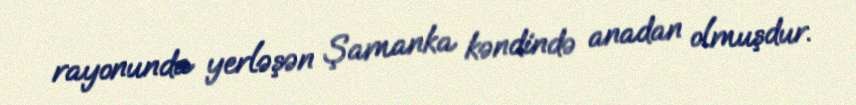
rayonunda yerləşən Şamanka kəndində anadan olmuşdur.